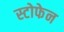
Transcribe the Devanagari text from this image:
स्टोफेन